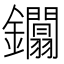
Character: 𨰏